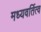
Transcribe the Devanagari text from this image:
मध्यवर्तित्व